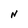
Character: N